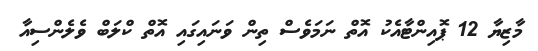
މާޒިޔާ 12 ޕޮއިންޓާއެކު އޮތް ނަމަވެސް ތިން ވަނައިގައި އޮތް ކްލަބް ވެލެންސިއާ